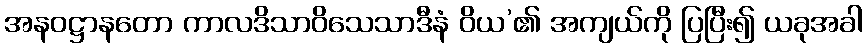
အနဝဋ္ဌာနတော ကာလဒိသာဝိသေသာဒီနံ ဝိယ’၏ အကျယ်ကို ပြပြီး၍ ယခုအခါ